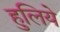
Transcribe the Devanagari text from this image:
हुलिये